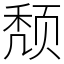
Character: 颓